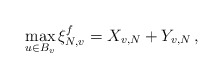
\begin{align*}\max_{u\in B_v} \xi_{N, v}^f= X_{v, N} + Y_{v, N}\,, \end{align*}